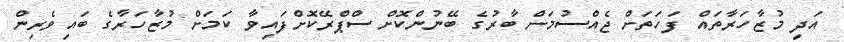
އަދި މުޒާހަރާތައް ފަހަތަށް ޖެއްސުމަށް ބާރުގެ ބޭނުންކޮށް ސްޕްރޭކޮށްފައިވާ ކަމަށް މުޒާހަރާގެ ބައިވެރިން